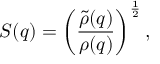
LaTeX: S ( q ) = \left( { \frac { \widetilde { \rho } ( q ) } { \rho ( q ) } } \right) ^ { { \frac { 1 } { 2 } } } ,